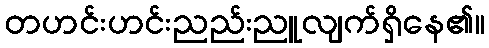
တဟင်းဟင်းညည်းညူလျက်ရှိနေ၏။